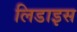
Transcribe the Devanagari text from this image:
लिडाइस